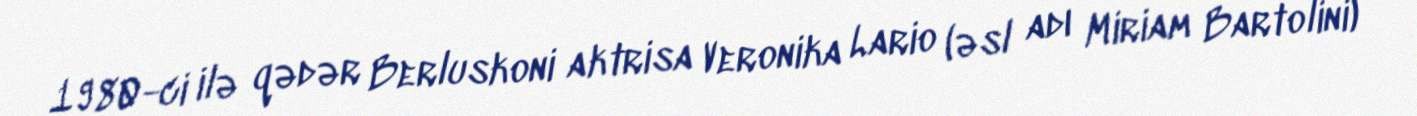
1980-ci ilə qədər Berluskoni aktrisa Veronika Lario (əsl adı Miriam Bartolini)